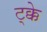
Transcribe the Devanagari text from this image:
ट्क्के